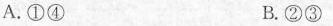
A.①④ B.②③